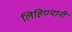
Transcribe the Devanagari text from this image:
लिहिण्यानी